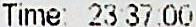
TIME: 23:37:00